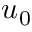
\boldsymbol { u } _ { 0 }